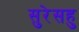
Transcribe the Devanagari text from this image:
सुरेसहु